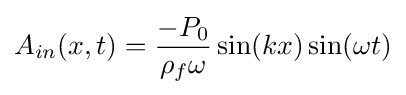
{A_{in}}(x,t)={{-P_{0}} \over {{\rho _{f}}\omega }}\sin(kx)\sin(\omega t)